Annual administration report of the Civil Veterinary Department, Ajmere-Merwara, British Rajputana - 1914-1940
Year: 1914
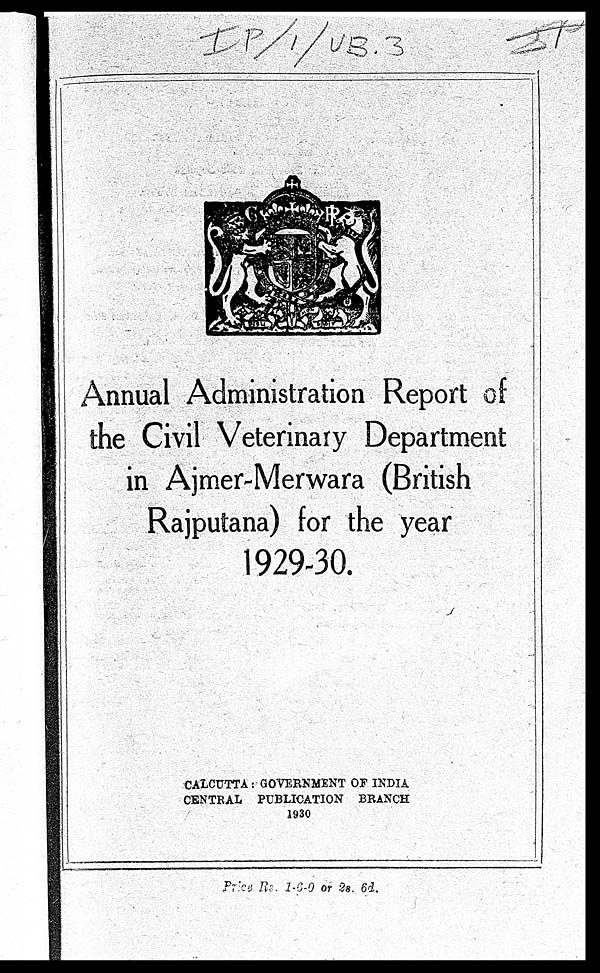
Annual Administration Report of
the Civil Veterinary Department
in Ajmer-Merwara (British
Rajputana) for the year
1929-30.
CALCUTTA: GOVERNMENT OF INDIA
CENTRAL PUBLICATION BRANCH
1930
Price Rs. 1-6-0 or 2s. 6d.